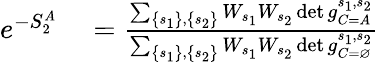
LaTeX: \begin{array}{rl}{e^{-S_{2}^{A}}}&{{}=\frac{\sum_{\left\{ s_{1}\right\} ,\left\{ s_{2}\right\} }W_{s_{1}}W_{s_{2}}\operatorname*{det}g_{C=A}^{s_{1},s_{2}}}{\sum_{\left\{ s_{1}\right\} ,\left\{ s_{2}\right\} }W_{s_{1}}W_{s_{2}}\operatorname*{det}g_{C=\varnothing}^{s_{1},s_{2}}}}\end{array}